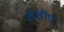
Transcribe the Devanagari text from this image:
अशीप्